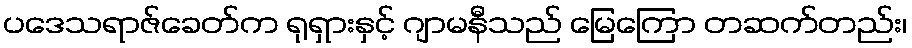
ပဒေသရာဇ်ခေတ်က ရုရှားနှင့် ဂျာမနီသည် မြေကြော တဆက်တည်း၊